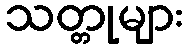
သတ္တုများ